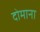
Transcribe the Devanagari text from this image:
दोमाना